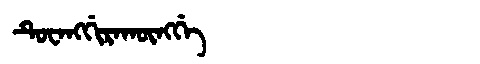
Manchu: ᡨᡠᠸᠠᠩᡤᡳᡵᠠᡴᡡᠩᡤᡝ
Romanization: TUWANGGIRAKŪNGGE